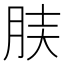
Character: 𦚫